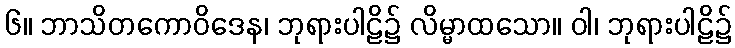
၆။ ဘာသိတကောဝိဒေန၊ ဘုရားပါဠိ၌ လိမ္မာထသော။ ဝါ၊ ဘုရားပါဠိ၌